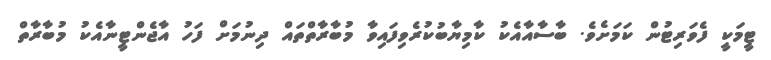
ޓީމަކީ ފެވަރިޓުން ކަމަށެވެ. ބާސާއާއެކު ކާމިޔާބުކުރެވިފައިވާ މުބާރާތްތައް ދިނުމަށް ފަހު އާޖެންޓީނާއެކު މުބާރާތް